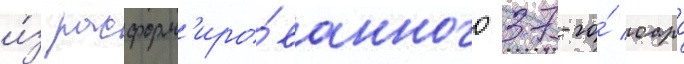
и́з расформ'иро́ванного 37-го́ оаро